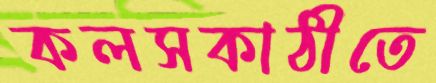
কলসকাঠীতে